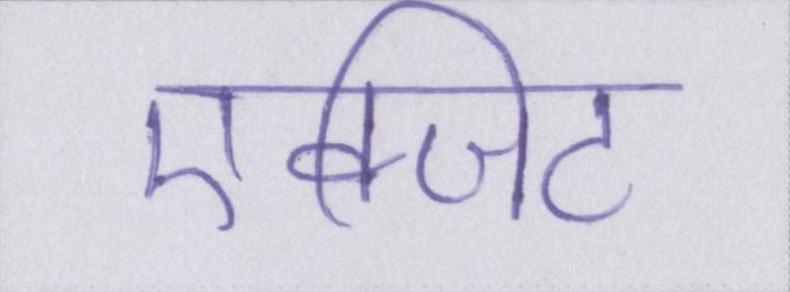
एक्जिट